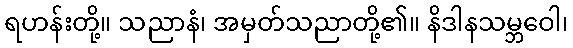
ရဟန်းတို့။ သညာနံ၊ အမှတ်သညာတို့၏။ နိဒါနသမ္ဘဝေါ၊